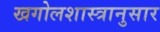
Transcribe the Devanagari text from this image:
खगोलशास्त्रानुसार